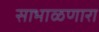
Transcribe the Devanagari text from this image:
साभाळणारा